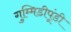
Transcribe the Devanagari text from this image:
गुम्मिडीपूंडी